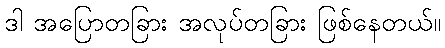
ဒါ အပြောတခြား အလုပ်တခြား ဖြစ်နေတယ်။